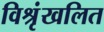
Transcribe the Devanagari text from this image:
विश्रृंखलित